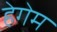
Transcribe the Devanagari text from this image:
हेगेम